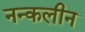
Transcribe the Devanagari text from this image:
नन्कलीन